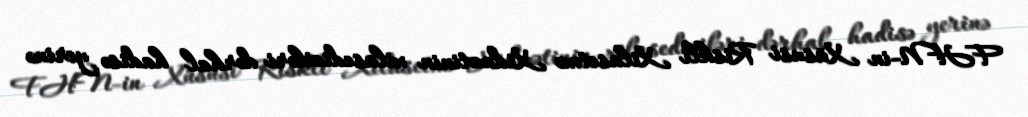
FHN-in Xüsusi Riskli Xilasetmə Xidmətinin xilasediciləri dərhal hadisə yerinə